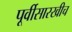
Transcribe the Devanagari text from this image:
पूर्वीसारखीच